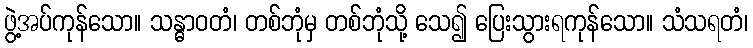
ဖွဲ့အပ်ကုန်သော။ သန္ဓာဝတံ၊ တစ်ဘုံမှ တစ်ဘုံသို့ သေ၍ ပြေးသွားရကုန်သော။ သံသရတံ၊